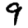
Digit: 9